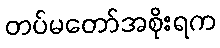
တပ်မတော်အစိုးရက